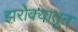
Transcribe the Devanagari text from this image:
झरोक्यातून